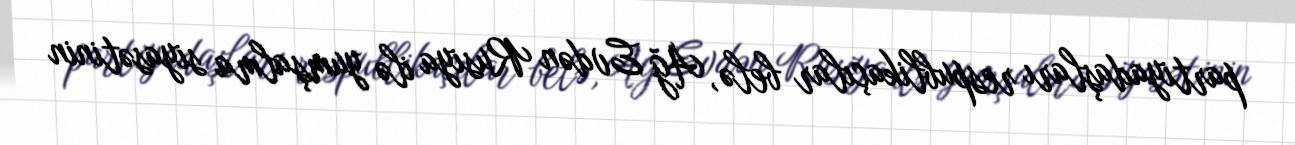
partiyadaşları respublikaçılar belə, Ağ Evdən Rusiya ilə yumşalma siyasətinin